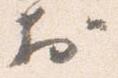
於